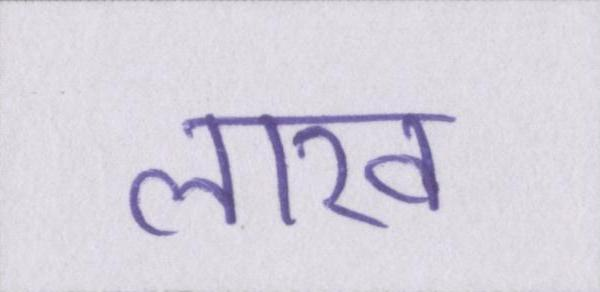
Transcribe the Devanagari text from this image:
लाख